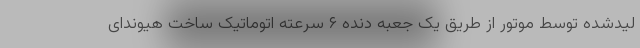
لیدشده توسط موتور از طریق یک جعبه دنده ۶ سرعته اتوماتیک ساخت هیوندای